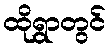
ထိုရွာတွင်